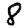
Digit: 8